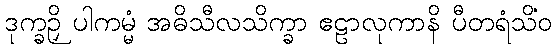
ဒုက္ခဉှိ ပါကမ္မံ အဓိသီလသိက္ခာ ဧဠာလုကာနိ ပီတရံသိံဝ